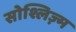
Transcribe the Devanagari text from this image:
सोश्लिज़्म